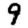
Digit: 9